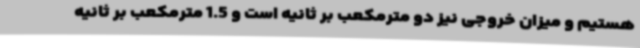
هستیم و میزان خروجی نیز دو مترمکعب بر ثانیه است و 1.5 مترمکعب بر ثانیه